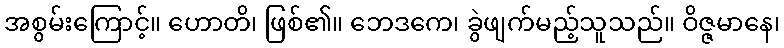
အစွမ်းကြောင့်။ ဟောတိ၊ ဖြစ်၏။ ဘေဒကေ၊ ခွဲဖျက်မည့်သူသည်။ ဝိဇ္ဇမာနေ၊